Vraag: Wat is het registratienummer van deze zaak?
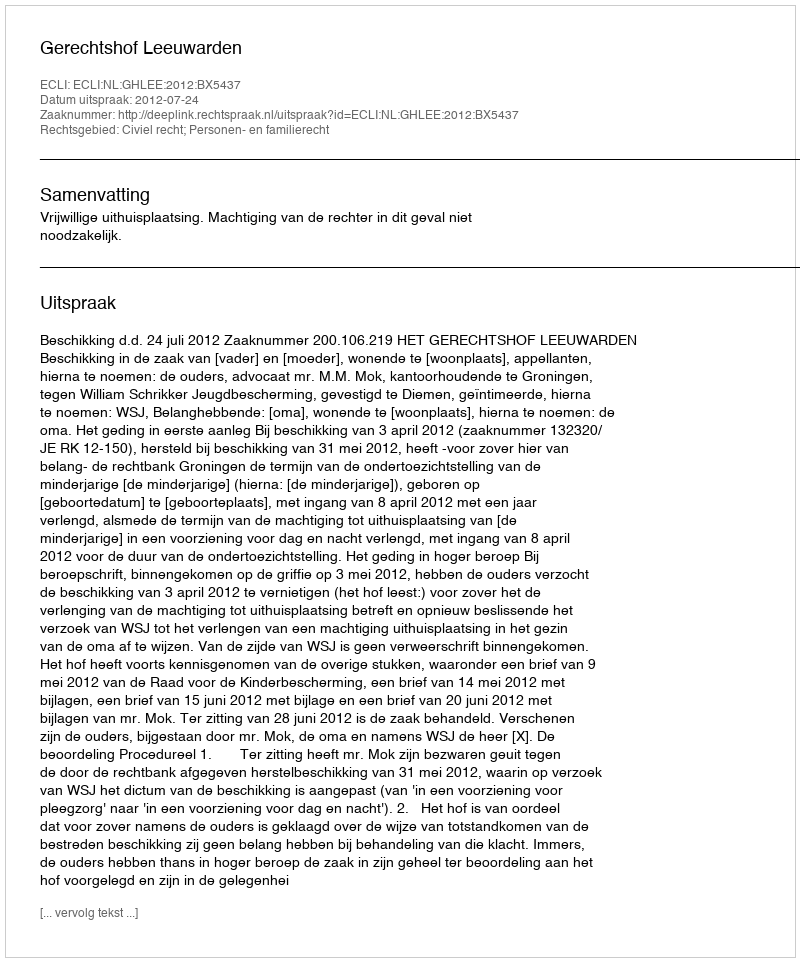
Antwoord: http://deeplink.rechtspraak.nl/uitspraak?id=ECLI:NL:GHLEE:2012:BX5437